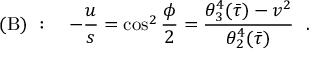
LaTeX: ( \mathrm { B } ) ~ : \ \ \ - { \frac { u } { s } } = \cos ^ { 2 } { \frac { \phi } { 2 } } = { \frac { \theta _ { 3 } ^ { 4 } ( \bar { \tau } ) - v ^ { 2 } } { \theta _ { 2 } ^ { 4 } ( \bar { \tau } ) } } \ \ .